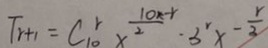
T _ { r + 1 } = C _ { 1 0 } ^ { r } x ^ { \frac { 1 0 x - r } { 2 } } \cdot 3 ^ { r } x - \frac { r } { 3 }